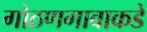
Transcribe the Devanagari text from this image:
गोठणगावाकडे